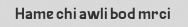
Hame chi awli bod mrci